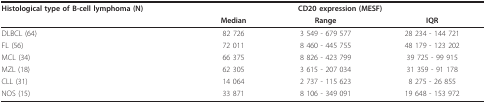
<table><thead><tr><td><b>Histological type of B-cell lymphoma (N)</b></td><td colspan="3"><b>CD20 expression (MESF)</b></td></tr><tr><td></td><td><b>Median</b></td><td><b>Range</b></td><td><b>IQR</b></td></tr></thead><tbody><tr><td>DLBCL (64)</td><td>82 726</td><td>3 549 - 679 577</td><td>28 234 - 144 721</td></tr><tr><td>FL (56)</td><td>72 011</td><td>8 460 - 445 755</td><td>48 179 - 123 202</td></tr><tr><td>MCL (34)</td><td>66 375</td><td>8 826 - 423 799</td><td>39 725 - 99 915</td></tr><tr><td>MZL (18)</td><td>62 305</td><td>3 615 - 207 034</td><td>31 359 - 91 178</td></tr><tr><td>CLL (31)</td><td>14 064</td><td>2 737 - 115 623</td><td>8 275 - 26 855</td></tr><tr><td>NOS (15)</td><td>33 871</td><td>8 106 - 349 091</td><td>19 648 - 153 972</td></tr></tbody></table>